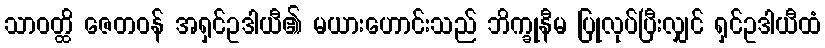
သာဝတ္ထိ ဇေတဝန် အရှင်ဥဒါယီ၏ မယားဟောင်းသည် ဘိက္ခုနီမ ပြုလုပ်ပြီးလျှင် ရှင်ဥဒါယီထံ